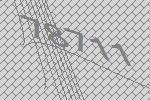
78711